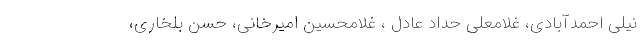
نیلی احمدآبادی، غلامعلی حداد عادل ، غلامحسین امیرخانی، حسن بلخاری،